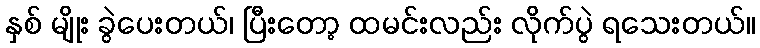
နှစ် မျိုး ခွဲပေးတယ်၊ ပြီးတော့ ထမင်းလည်း လိုက်ပွဲ ရသေးတယ်။